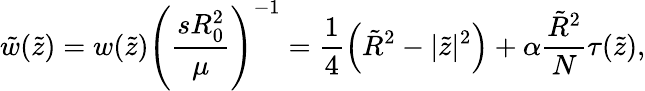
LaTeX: \tilde{w}(\tilde{z})=w(\tilde{z})\left(\frac{sR_{0}^{2}}{\mu}\right)^{-1}=\frac{1}{4}\left(\tilde{R}^{2}-|\tilde{z}|^{2}\right)+\alpha\frac{\tilde{R}^{2}}{N}\tau(\tilde{z}),